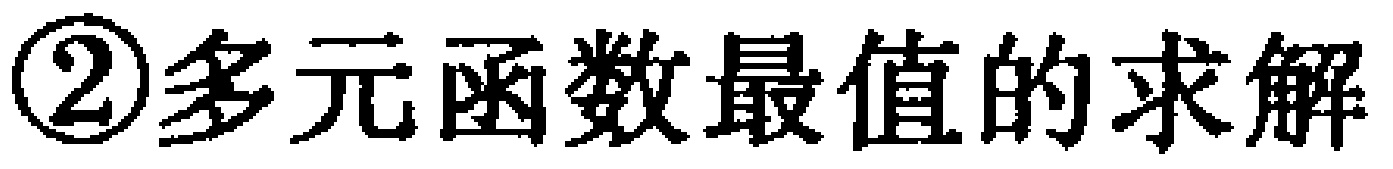
\textcircled{2}多元函数最值的求解